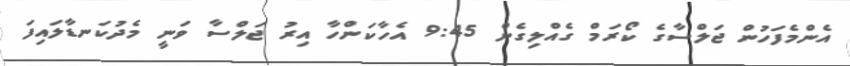
އެންމެފަހުން ޖަލްސާގެ ކޯރަމް ގެއްލިގެން 9:45 އެހާކަންހާ އިރު ޖަލްސާ ވަނީ މެދުކަނޑާލައިފަ